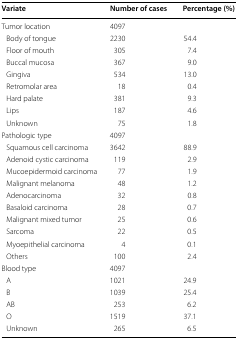
| Variate | Number of cases | Percentage (%) |
 | --- | --- | --- |
 | Tumor location | 4097 |  |
 | Body of tongue | 2230 | 54.4 |
 | Floor of mouth | 305 | 7.4 |
 | Buccal mucosa | 367 | 9.0 |
 | Gingiva | 534 | 13.0 |
 | Retromolar area | 18 | 0.4 |
 | Hard palate | 381 | 9.3 |
 | Lips | 187 | 4.6 |
 | Unknown | 75 | 1.8 |
 | Pathologic type | 4097 |  |
 | Squamous cell carcinoma | 3642 | 88.9 |
 | Adenoid cystic carcinoma | 119 | 2.9 |
 | Mucoepidermoid carcinoma | 77 | 1.9 |
 | Malignant melanoma | 48 | 1.2 |
 | Adenocarcinoma | 32 | 0.8 |
 | Basaloid carcinoma | 28 | 0.7 |
 | Malignant mixed tumor | 25 | 0.6 |
 | Sarcoma | 22 | 0.5 |
 | Myoepithelial carcinoma | 4 | 0.1 |
 | Others | 100 | 2.4 |
 | Blood type | 4097 |  |
 | A | 1021 | 24.9 |
 | B | 1039 | 25.4 |
 | AB | 253 | 6.2 |
 | O | 1519 | 37.1 |
 | Unknown | 265 | 6.5 |